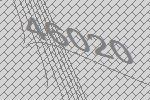
46020